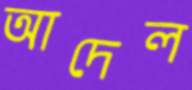
আদেল